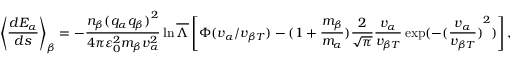
{ { \left\langle \frac { d { { E } _ { \alpha } } } { d s } \right\rangle } _ { \beta } } = - \frac { { { n } _ { \beta } } { { ( { { q } _ { \alpha } } { { q } _ { \beta } } ) } ^ { 2 } } } { 4 \pi \varepsilon _ { 0 } ^ { 2 } { { m } _ { \beta } } v _ { \alpha } ^ { 2 } } \ln \overline { { \Lambda } } \left[ \Phi ( { { v } _ { \alpha } } / { { v } _ { \beta T } } ) - ( 1 + \frac { { { m } _ { \beta } } } { { { m } _ { \alpha } } } ) \frac { 2 } { \sqrt { \pi } } \frac { { { v } _ { \alpha } } } { { { v } _ { \beta T } } } \exp ( - { { ( \frac { { { v } _ { \alpha } } } { { { v } _ { \beta T } } } ) } ^ { 2 } } ) \right] ,